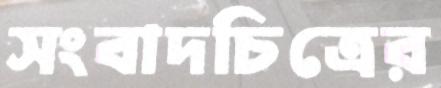
সংবাদচিত্রের